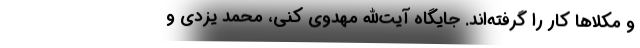
و مُکلاها کار را گرفته‌اند. جایگاه آیت‌الله مهدوی کنی، محمد یزدی و